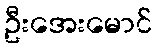
ဦးအေးမောင်